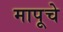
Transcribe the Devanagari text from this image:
मापूचे